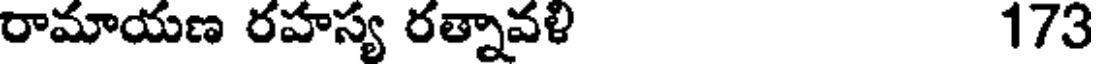
రామాయణ రహస్య రత్నావళి 173